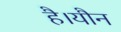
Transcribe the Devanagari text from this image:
है।यौन